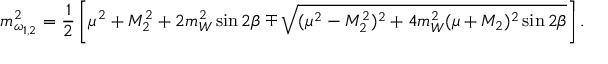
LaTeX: m _ { \omega _ { 1 , 2 } } ^ { 2 } = { \frac { 1 } { 2 } } \left[ \mu ^ { 2 } + M _ { 2 } ^ { 2 } + 2 m _ { W } ^ { 2 } \sin 2 \beta \mp \sqrt { ( \mu ^ { 2 } - M _ { 2 } ^ { 2 } ) ^ { 2 } + 4 m _ { W } ^ { 2 } ( \mu + M _ { 2 } ) ^ { 2 } \sin 2 \beta } \right] .